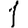
Digit: 1